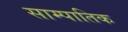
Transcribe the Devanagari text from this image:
साम्पातिक